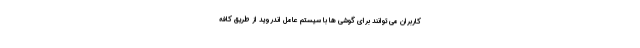
کاربران می توانند برای گوشی ها با سیستم عامل اندروید از طریق کافه